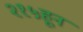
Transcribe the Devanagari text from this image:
२१५हून